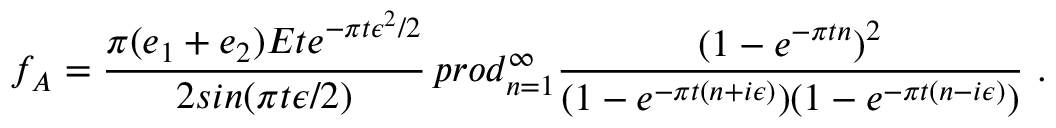
f _ { A } = { \frac { \pi ( e _ { 1 } + e _ { 2 } ) E t e ^ { - \pi t \epsilon ^ { 2 } / 2 } } { 2 s i n ( \pi t \epsilon / 2 ) } } \, p r o d _ { n = 1 } ^ { \infty } { \frac { ( 1 - e ^ { - \pi t n } ) ^ { 2 } } { ( 1 - e ^ { - \pi t ( n + i \epsilon ) } ) ( 1 - e ^ { - \pi t ( n - i \epsilon ) } ) } } \ .